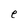
Character: e